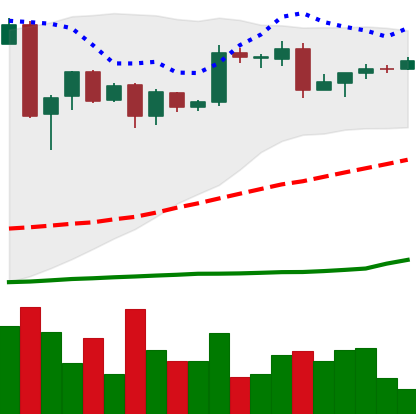
Ticker: BTC-USD
Chart end date: 2016-05-15
Forward return: -3.255%
Label: down_3_5